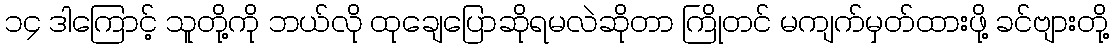
၁၄ ဒါကြောင့် သူတို့ကို ဘယ်လို ထုချေပြောဆိုရမလဲဆိုတာ ကြိုတင် မကျက်မှတ်ထားဖို့ ခင်ဗျားတို့